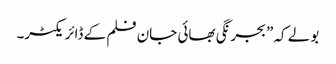
بولے کہ ”بجرنگی بھائی جان فلم کے ڈائریکٹر۔